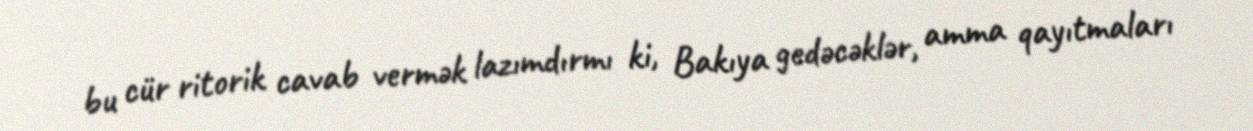
bu cür ritorik cavab vermək lazımdırmı ki, Bakıya gedəcəklər, amma qayıtmaları